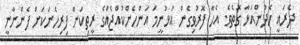
ދެރައީ ހެދުންއަޅާ ގޮތެވެ. އެހާ ފޮރުވިގެން އުޅުނީމަ އަންހެންކުއްޖެއްގެ ރީތިކަން ފިރިހެނަކަށް ފެންނާނީ